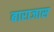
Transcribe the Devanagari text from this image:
बाराजास